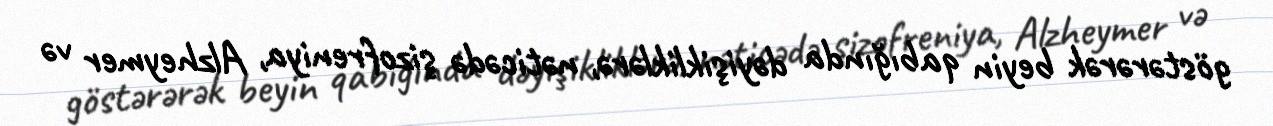
göstərərək beyin qabığında dəyişikliklərə, nəticədə şizofreniya, Alzheymer və